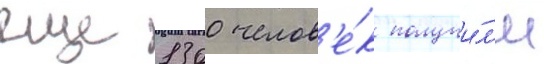
еще 1300 челов'е́к получи́л'и